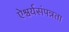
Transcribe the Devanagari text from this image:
ऐश्वर्यसंपन्नता